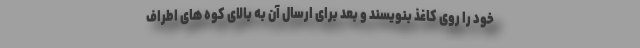
خود را روی کاغذ بنویسند و بعد برای ارسال آن به بالای کوه های اطراف